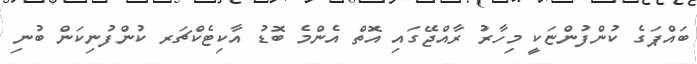
ބައްޕަގެ ކުންފުންޏަކީ މިހާރު ރާއްޖޭގައި އޮތް އެންމެ ބޮޑު އާކިޓެކްޗަރ ކުންފުނިކަން ބުނި